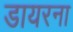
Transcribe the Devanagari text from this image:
डायरना